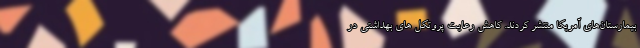
بیمارستان‌های آمریکا منتشر کردند. کاهش رعایت پروتکل های بهداشتی در